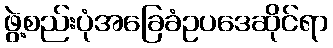
ဖွဲ့စည်းပုံအခြေခံဥပဒေဆိုင်ရာ